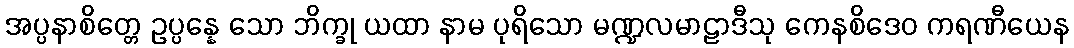
အပ္ပနာစိတ္တေ ဥပ္ပန္နေ သော ဘိက္ခု ယထာ နာမ ပုရိသော မဏ္ဍလမာဠာဒီသု ကေနစိဒေဝ ကရဏီယေန